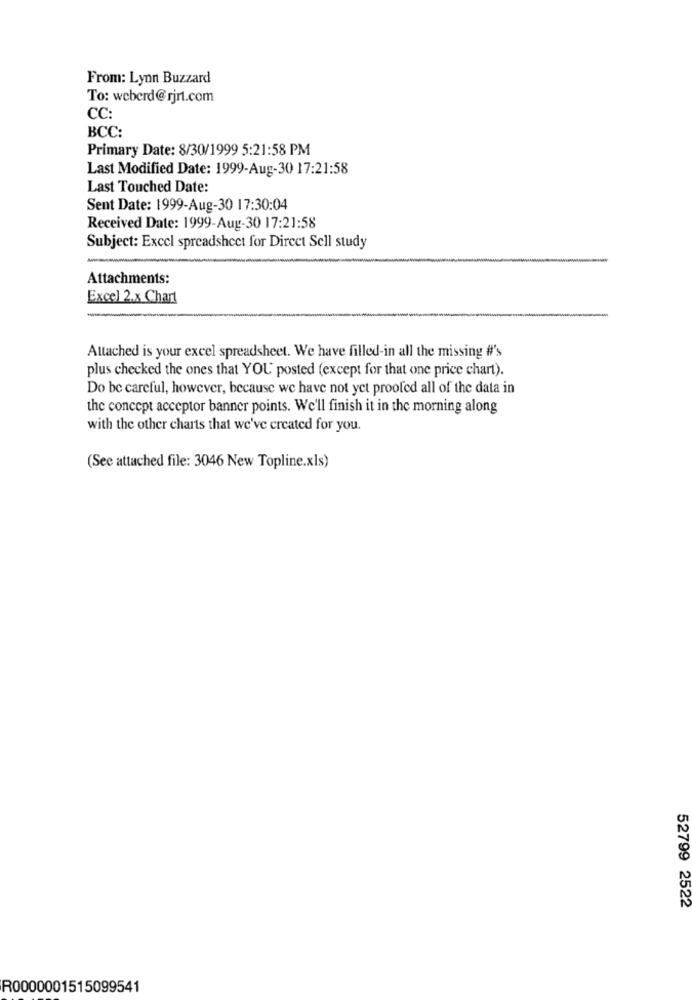
From: Lynn Buzzard
To: weberd@rjrt.com
CC:
BCC:
Primary Date: 8/30/1999 5:21:58 PM
Last Modified Date: 1999-Aug-30 17:21:58
Last Touched Date:
Sent Date: 1999-Aug-30 17:30:04
Received Date: 1999-Aug-30 17:21:58
Subject: Excel spreadsheet for Direct Sell study
Attachments:
Excel 2.x Chart
Attached is your excel spreadsheet. We have filled-in all the missing #'s
plus checked the ones that YOU posted (except for that one price chart).
Do be careful, however, because we have not yet proofed all of the data in
the concept acceptor banner points. We'll finish it in the morning along
with the other charts that we've created for you.
(See attached file: 3046 New Topline.xls)
52799 2522
R0000001515099541